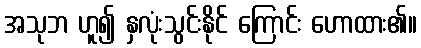
အသုဘ ဟူ၍ နှလုံးသွင်းနိုင် ကြောင်း ဟောထား၏။